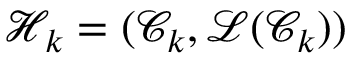
\mathcal { H } _ { k } = ( \mathcal { C } _ { k } , \mathcal { L } ( \mathcal { C } _ { k } ) )